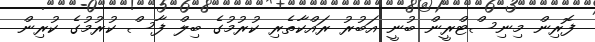
ފޮރިން މިނިސްޓްރީން ބުނީ އަބުރު ރައްކާތެރި ކުރުމުގެ ބިލް ފާސް ކުރުމުގެ ކުރިން